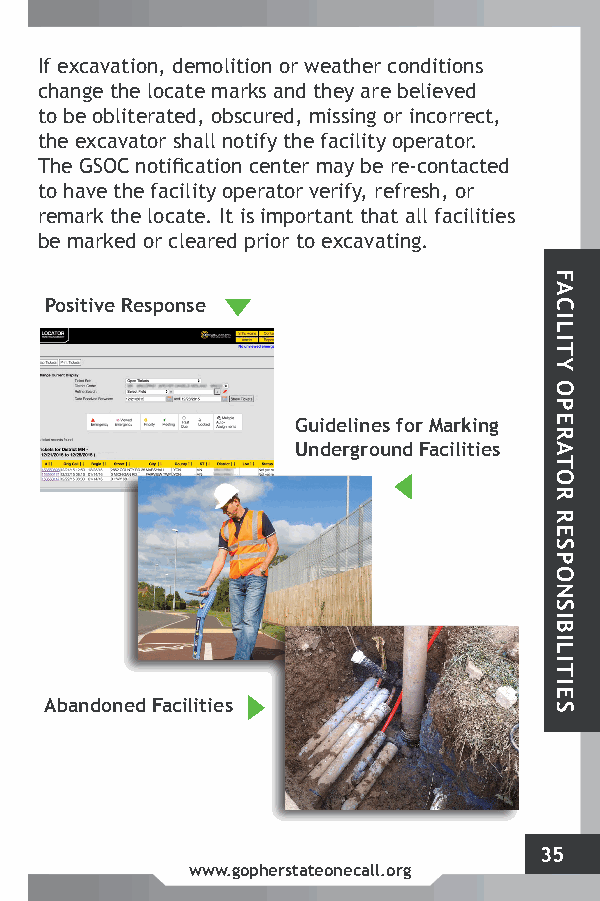
Facility Operator If excavation, demolition or weather conditions
 change the locate marks and they are believed
 Responsibilities to be obliterated, obscured, missing or incorrect,
 the excavator shall notify the facility operator.
 The GSOC notification center may be re-contacted
 to have the facility operator verify, refresh, or
 remark the locate. It is important that all facilities
 be marked or cleared prior to excavating.
 Positive Response
 Guidelines for Marking
 Underground Facilities
 Abandoned Facilities
 35
 www.gopherstateonecall.org
 FACILITY
 OPERATOR
 RESPONSIBILITIES